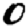
Digit: 0